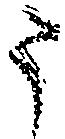
う